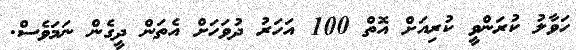
ހަވާލު ކުރަންވީ ކުރިއަށް އޮތް 100 އަހަރު ދުވަހަށް އެތަން ދީގެން ނަމަވެސް.